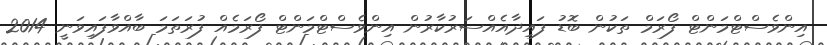
އިންވެސްޓްމަންޓް ފޯރަމް ތަކުން ބޮޑު ފައިދާއެއްސަރުކާރުން އިންވެސްޓްމަންޓް ފޯރަމެއް ފުރަތަމަ ބާއްވާފައިވަނީ 2014